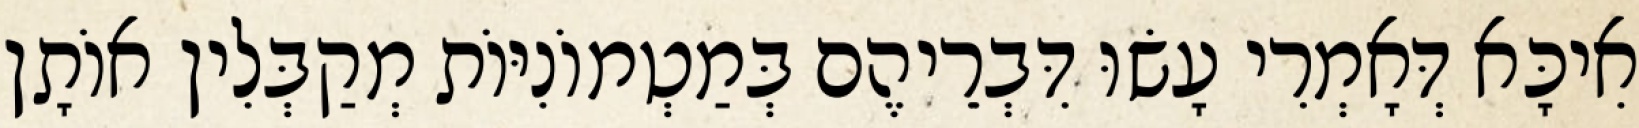
אִיכָּא דְּאָמְרִי עָשׂוּ דִּבְרֵיהֶם בְּמַטְמוֹנִיּוֹת מְקַבְּלִין אוֹתָן